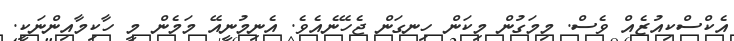
އެކްސްކިއުޒެއް ވެސް. މިމަގުން މިކަން ހިނގަން ޖެހޭނެއެވެ. އެނިމުނީއޭ މަމެން މީ ހާކިމާއިންނަކީ.